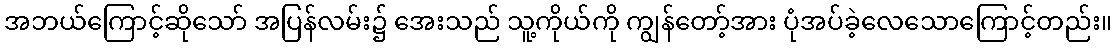
အဘယ်ကြောင့်ဆိုသော် အပြန်လမ်း၌ အေးသည် သူ့ကိုယ်ကို ကျွန်တော့်အား ပုံအပ်ခဲ့လေသောကြောင့်တည်း။